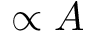
\propto A